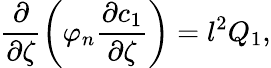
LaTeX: \frac{\partial}{\partial\zeta}\left(\varphi_{n}\frac{\partial c_{1}}{\partial\zeta}\right)=l^{2}Q_{1},